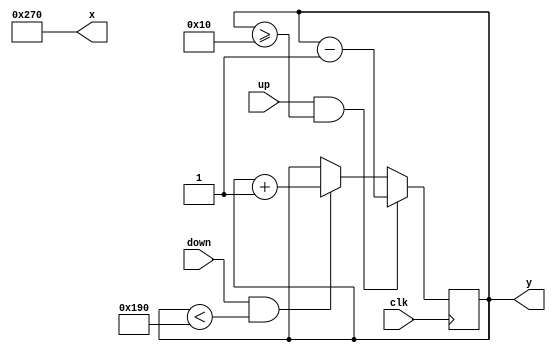
`timescale 1ns / 1ps
module paddle(
    input clk,
	 input up,
	 input down,
    output [9:0] x,
    output [9:0] y
    );

	localparam MAX_X = 640;
	localparam MAX_Y = 480;
	localparam WIDTH = 16;
	localparam HEIGHT = 64;
	localparam WALL_SIZE = 16;

	reg [9:0] x_reg = MAX_X - WIDTH;
	reg [9:0] y_reg = MAX_Y / 2;
	
	always @(posedge clk)
	begin
		if ( up && y_reg >= WALL_SIZE )
			y_reg <= y_reg - 1;
		else if ( down && y_reg < MAX_Y - WALL_SIZE - HEIGHT )
			y_reg <= y_reg + 1;
	end
	
	assign x = x_reg;
	assign y = y_reg;

endmodule